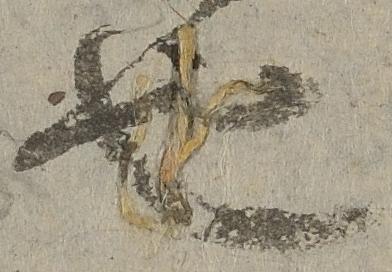
也